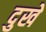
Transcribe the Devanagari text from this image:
दुखे